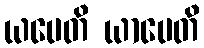
ယပေတိ ယာပေတိ